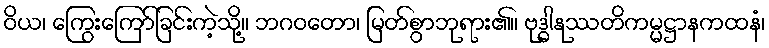
ဝိယ၊ ကြွေးကြော်ခြင်းကဲ့သို့။ ဘဂဝတော၊ မြတ်စွာဘုရား၏။ ဗုဒ္ဓါနုဿတိကမ္မဋ္ဌာနကထနံ၊